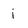
Character: i